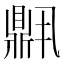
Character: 𬹧